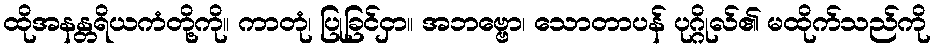
ထိုအနန္တရိယကံတို့ကို။ ကာတုံ၊ ပြုခြင်ငှာ။ အဘဗ္ဗော၊ သောတာပန် ပုဂ္ဂိုလ်၏ မထိုက်သည်ကို